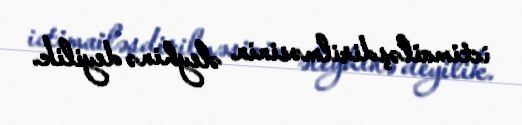
ictimailəşdirilməsinin əleyhinə deyilik.